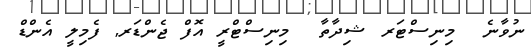
ނުވާނެ  މިނިސްޓަރ ޝިދާތާ  މިނިސްޓްރީ އޮފް ޖެންޑަރ